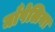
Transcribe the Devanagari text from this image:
माँपेलिया